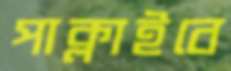
পাক্‌লাইবে